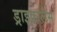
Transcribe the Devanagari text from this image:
ड्राइवरलैस